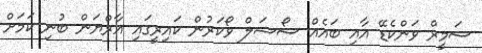
ސަމީރް ވަންކެޑޭ އާއި ބައެއް ސޯޝަލް ވޯކަރުން ކައިރީގައި އާރްޔަން ބުނި ކަމަށް